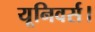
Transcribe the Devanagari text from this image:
यूनिवर्स।